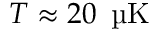
T \approx 2 0 \, \textrm { \textmu K }